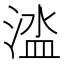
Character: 𣹉